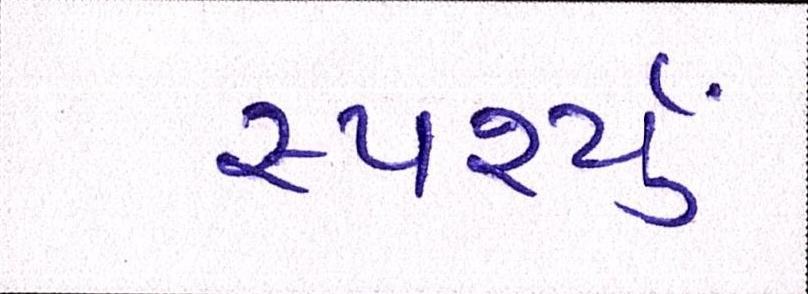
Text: સ્પર્શ્યું